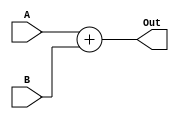
module alu2(Out, A, B);

  input signed [15:0] A, B;
  output signed [15:0] Out;

  assign Out = A + B;

endmodule